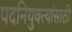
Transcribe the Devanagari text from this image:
पदनियुक्त्यांसाठी